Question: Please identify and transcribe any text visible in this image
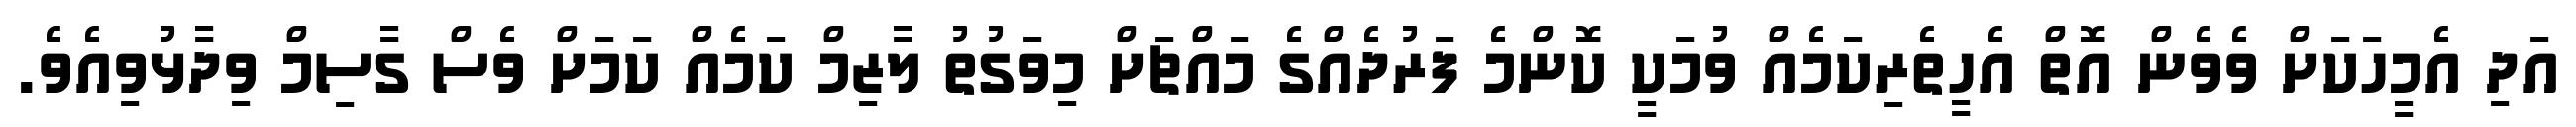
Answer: އަދި އެމީހަކަށް ވެވެން އޮތް އެހީތެރިކަމެއް ވުމަކީ ކޮންމެ ފަރުދެއްގެ މައްޗަށް މިވަގުތު ލާޒިމް ކަމެއް ކަމަށް ވެސް ގާސިމް ވިދާޅުވިއެވެ.